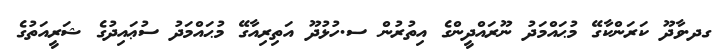
ގދ.ވާދޫ ކަރަންކާގޭ މުޙައްމަދު ނޫރައްދީންގެ އިތުރުން ސ.ހުޅުދޫ އަތިރިއާގޭ މުޙައްމަދު ސުޢައިދުގެ ޝަރީއަތުގެ